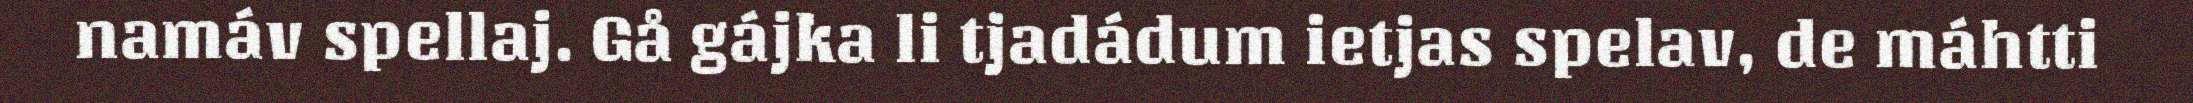
namáv spellaj. Gå gájka li tjadádum ietjas spelav, de máhtti